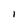
Character: 1